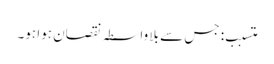
متسبب: جس سے بلا واسطہ نقصان ہوا ہو۔